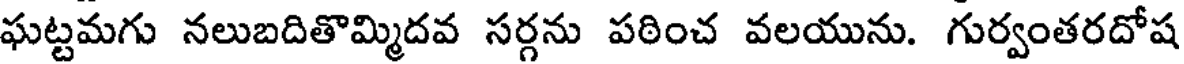
ఘట్టమగు నలుబదితొమ్మిదవ సర్గను పఠించ వలయును. గుర్వంతరదోష